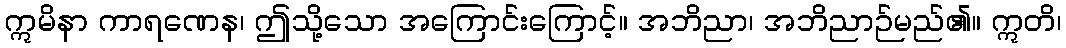
ဣမိနာ ကာရဏေန၊ ဤသို့သော အကြောင်းကြောင့်။ အဘိညာ၊ အဘိညာဉ်မည်၏။ ဣတိ၊